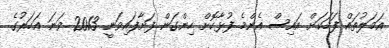
އަމަލުތައް ފަހަކަށް އައިސް އެންމެ ފުޅާކޮށް ހިންގަން ފަށާފައިވަނީ 2013 ވަނަ އަހަރުގެ